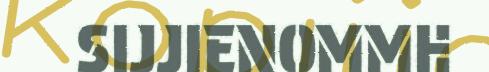
SIJJIENOMMH